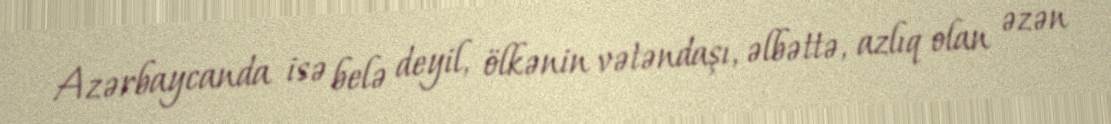
Azərbaycanda isə belə deyil, ölkənin vətəndaşı, əlbəttə, azlıq olan əzən